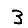
Digit: 3